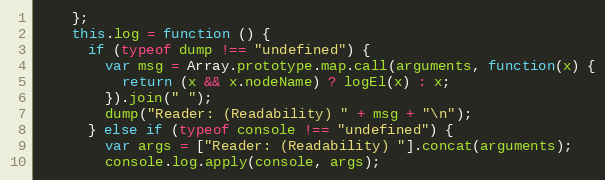
Language: JavaScript
    };
    this.log = function () {
      if (typeof dump !== "undefined") {
        var msg = Array.prototype.map.call(arguments, function(x) {
          return (x && x.nodeName) ? logEl(x) : x;
        }).join(" ");
        dump("Reader: (Readability) " + msg + "\n");
      } else if (typeof console !== "undefined") {
        var args = ["Reader: (Readability) "].concat(arguments);
        console.log.apply(console, args);